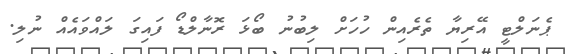
ޕެނަލްްޓީ އޭރިޔާ ތެރެއިން ހުހަށް ލިބުނު ބޯޅަ ރޮނާލްޑޯ ފައިގަ ލައްވައެއް ނުލި.